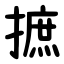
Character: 摭